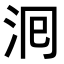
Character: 𭰁